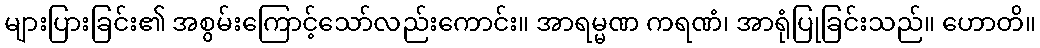
များပြားခြင်း၏ အစွမ်းကြောင့်သော်လည်းကောင်း။ အာရမ္မဏ ကရဏံ၊ အာရုံပြုခြင်းသည်။ ဟောတိ။